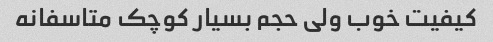
کیفیت خوب ولی حجم بسیار کوچک متاسفانه